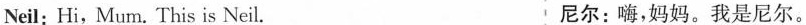
Neil: Hi, Mum. This is Neil. 尼尔：嗨,妈妈.我是尼尔。